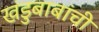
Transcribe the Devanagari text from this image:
खंडुबाबांची